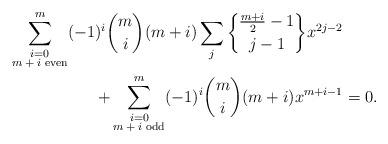
LaTeX: \begin{align*} \sum\limits_{\substack{i=0 \\ \mbox{\scriptsize $m+i$ even}}}^m (-1)^i {m \choose i} (m+i) \sum\limits_j {\frac{m+i}{2}-1\brace j-1} x^{2j-2} \\ \quad+ \sum\limits_{\substack{i=0 \\ \mbox{\scriptsize $m+i$ odd}}}^m (-1)^i {m \choose i} (m+i) x^{m+i-1} &= 0.\end{align*}